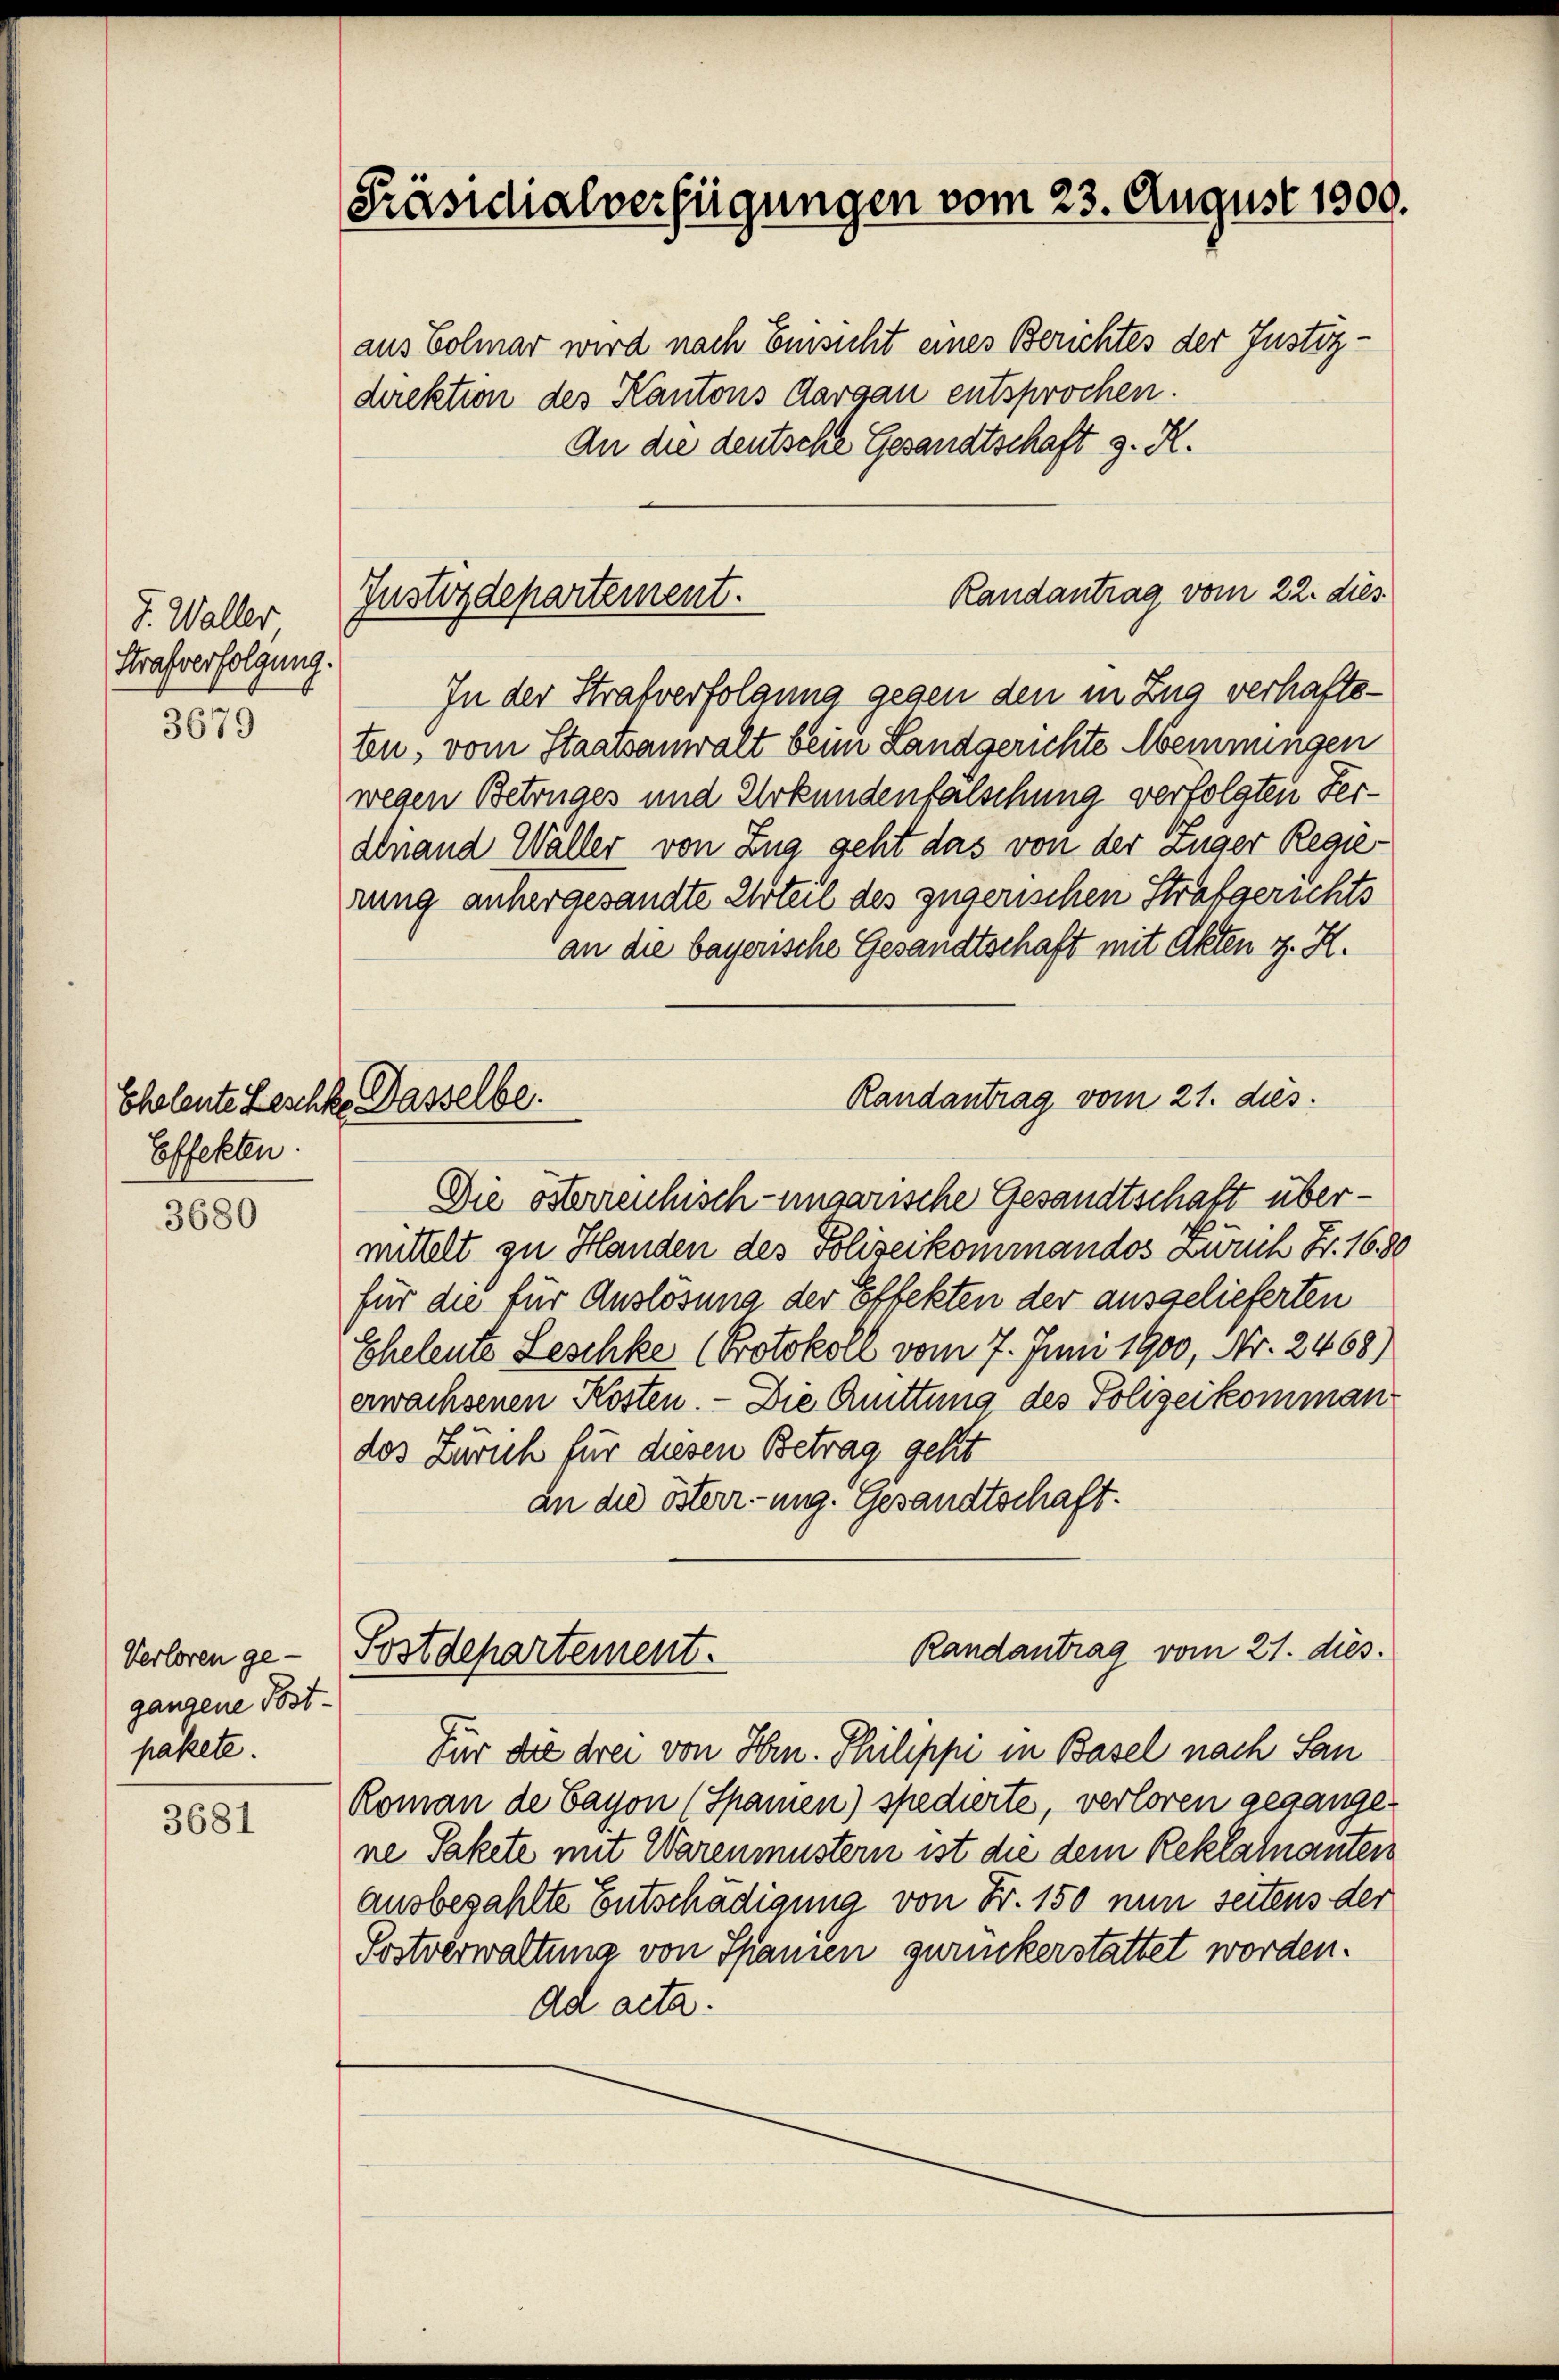
J. Waller
Strafverfolgung.

3679

Effekten.

3680

Verloren ge-
gangene Post-
pakete.

3681

Präsidialverfügungen vom 23. August 1900.

Randantrag vom 22. dies
Justizdepartement.

Cholente Leschke Dasselbe

aus Colmar wird nach Einsicht eines Berichtes der Justizdirektion des Kantons Aargau entsprochen.
An die deutsche Gesandtschaft z. R.
In der Strafverfolgung gegen den in Zug verhaftstn, vom Staatsanwalt beim Landgerichte Meinungen
wegen Betruges und Urkundenfalschung verfolgten Ferdinand Waller von Zug geht das von der Zuger Regierung anhergesandte Urteil des zugerischen Strafgerichts
an die bayerische Gesandtschaft mit Akten z. H.
Die österrenhisch-ungarische Gesandtschaft übermittelt zu Handen des Polizeikommandos Zürich Fr. 1680
für die für Auslösung der Effekten der ausgelieferten
Eheleute Leschke (Protokoll vom 7. Juni 1900, Nr. 2468)
erwachsenen Kosten. — Die Quittung des Polizeikomman
des Zürich für diesen Betrag geht
an die österr. ung. Gesandtschaft.
Randantrag vom 21. dies
Postdepartement.
Für das drei von Hrn. Philippe in Basel nach San
Roman de Cayon (Spamen) spedierte, verloren gegangene Pakete mit Warenmustern ist die dem Reklatnanten
ausbezahlte Entschädigung von Fr. 150 nun seitens der
Postverwaltung von Spanien zuruckerstattet worden.
ad acta.

Randantrag vom 21. dies